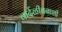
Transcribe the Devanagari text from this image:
कर्दळीवनाशी